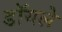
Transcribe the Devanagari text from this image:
डॉयले